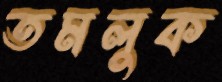
তমলুক